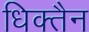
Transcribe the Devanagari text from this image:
धिक्तैन